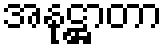
အနုဋ္ဌာတာ